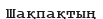
Шақпақтың